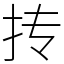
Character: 抟